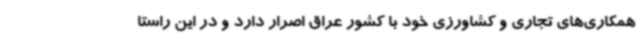
همکاری‌های تجاری و کشاورزی خود با کشور عراق اصرار دارد و در این راستا